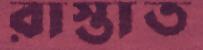
রাস্তাত